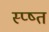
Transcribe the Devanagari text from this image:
स्प्ष्त